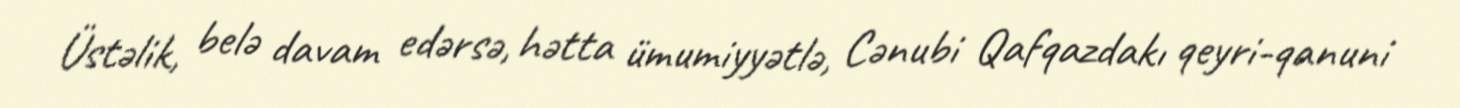
Üstəlik, belə davam edərsə, hətta ümumiyyətlə, Cənubi Qafqazdakı qeyri-qanuni